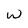
Character: W